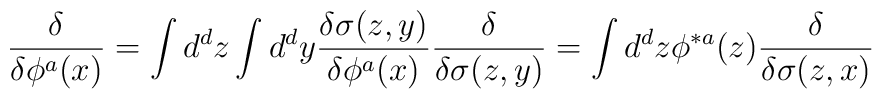
{\delta\over\delta\phi^{a}(x)}=\int d^{d}z\int d^{d}y {\delta\sigma(z,y)\over\delta\phi^{a}(x)}{\delta\over\delta\sigma(z,y)}=\int d^{d}z\phi^{*a}(z){\delta\over\delta\sigma(z,x)}